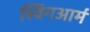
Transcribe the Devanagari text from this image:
स्विंगआर्म